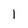
Character: 1